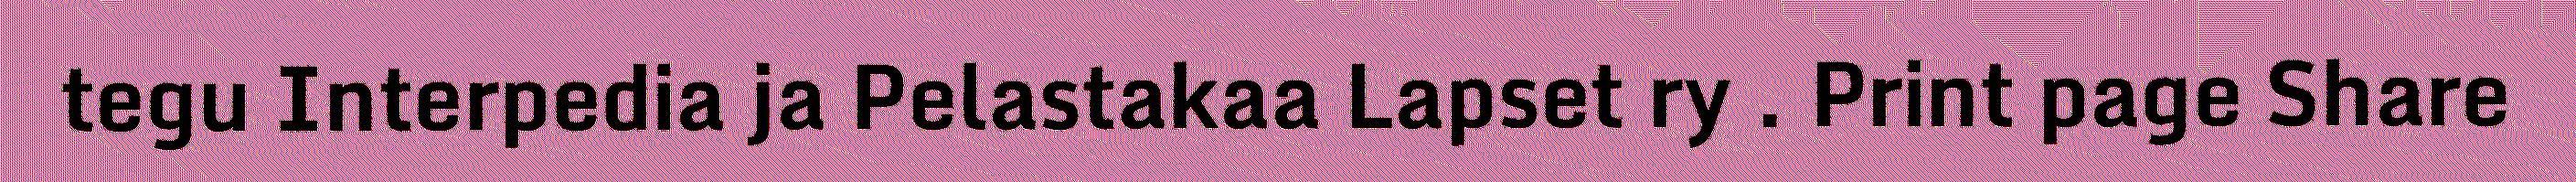
tegu Interpedia ja Pelastakaa Lapset ry . Print page Share